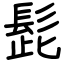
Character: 髭